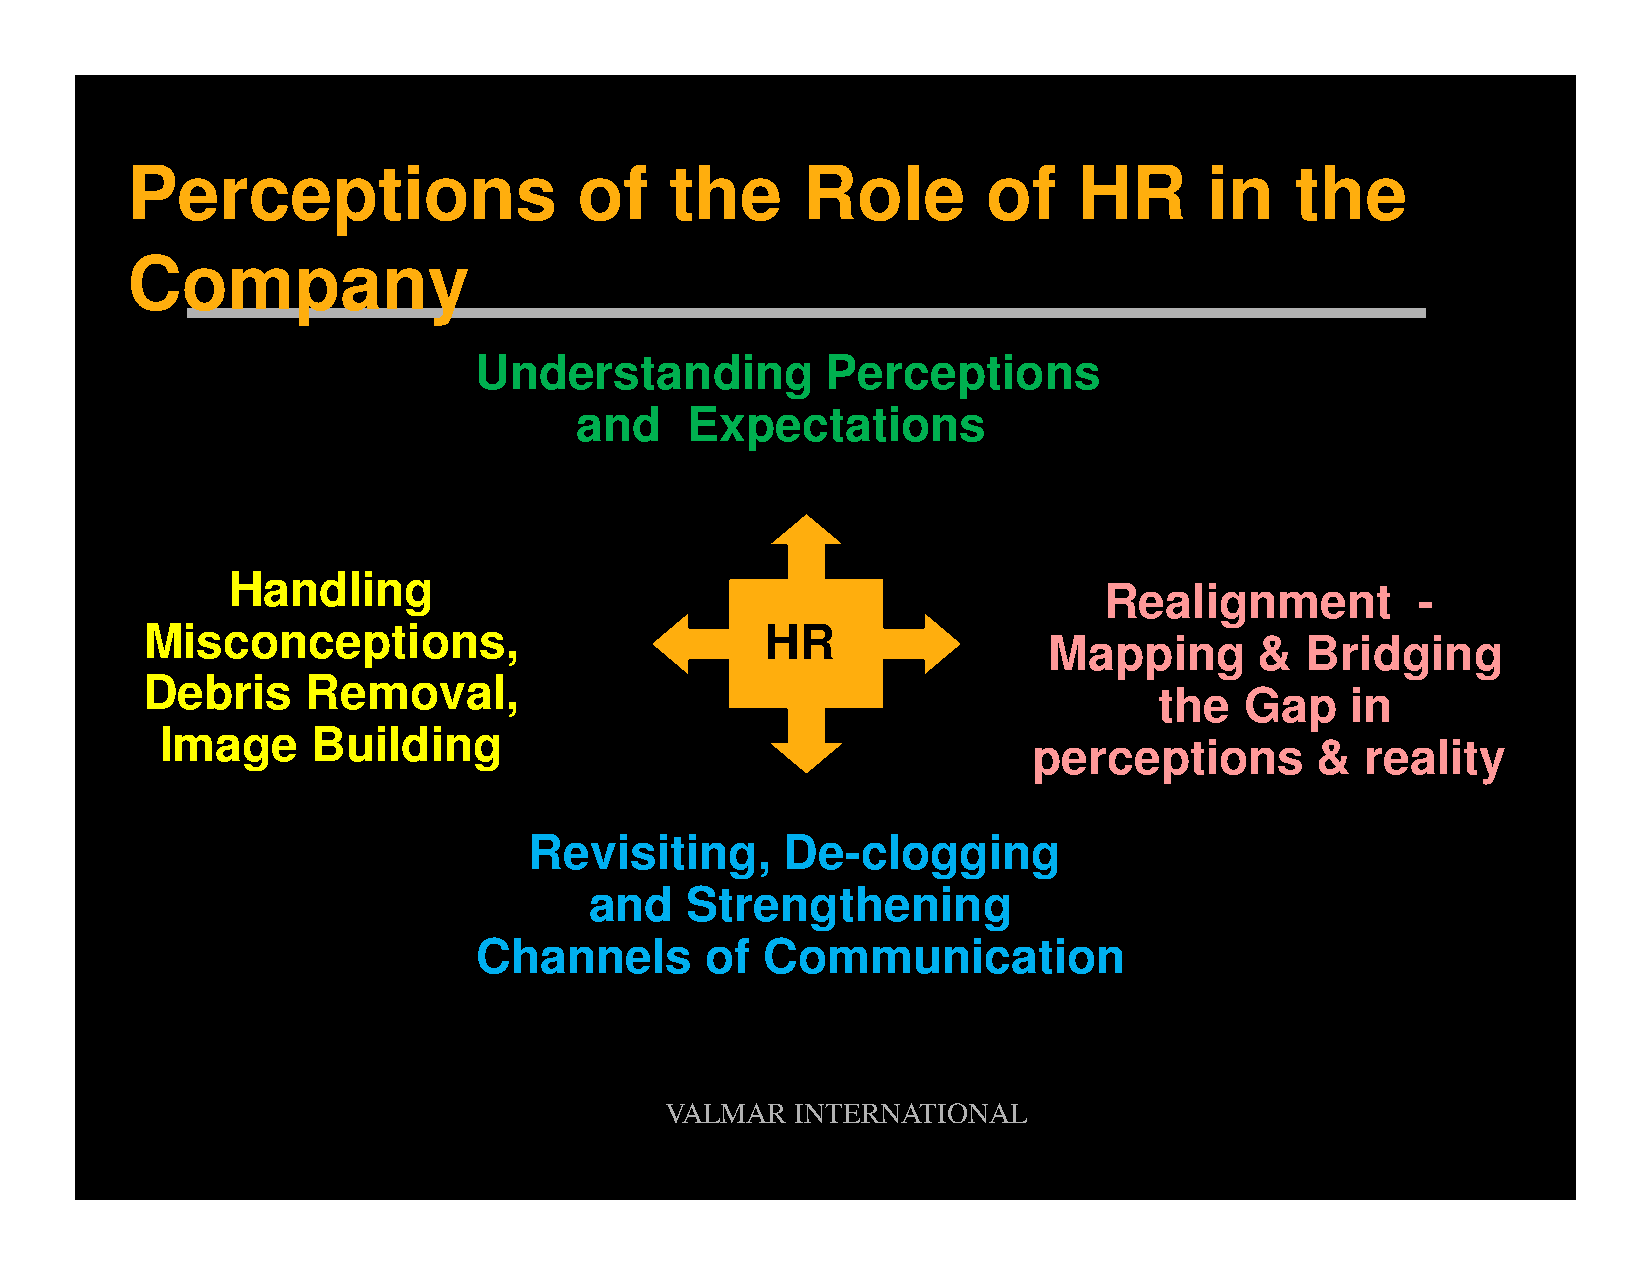
Perceptions                   of    the      Role        of    HR       in    the
 Company
 Understanding           Perceptions
 and     Expectations
 Handling
 Realignment          -
 MMiissccoonncceeppttiioonnss,,           HHRR
 MMaappppiinngg && BBrriiddggiinngg
 Debris     Removal,
 the  Gap    in
 Image     Building
 perceptions        &  reality
 Revisiting,      De-clogging
 and   Strengthening
 Channels        of Communication
 VALMAR   INTERNATIONAL